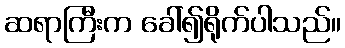
ဆရာကြီးက ခေါ်၍ရိုက်ပါသည်။